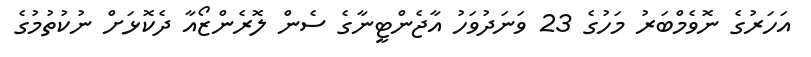
އަހަރުގެ ނޮވެމްބަރު މަހުގެ 23 ވަނަދުވަހު އާޖެންޓީނާގެ ސެން ލޮރެންޒޯއާ ދެކޮޅަށް ނުކުތުމުގެ